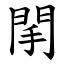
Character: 䦐